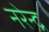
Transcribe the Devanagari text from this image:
नरेेन्द्र